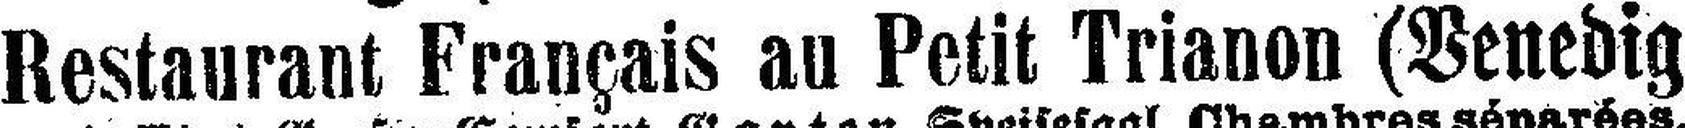
Restaurant Français au Petit Trianon (Venedig